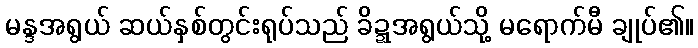
မန္ဒအရွယ် ဆယ်နှစ်တွင်းရုပ်သည် ခိဍ္ဍအရွယ်သို့ မရောက်မီ ချုပ်၏။